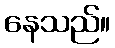
နေသည်။